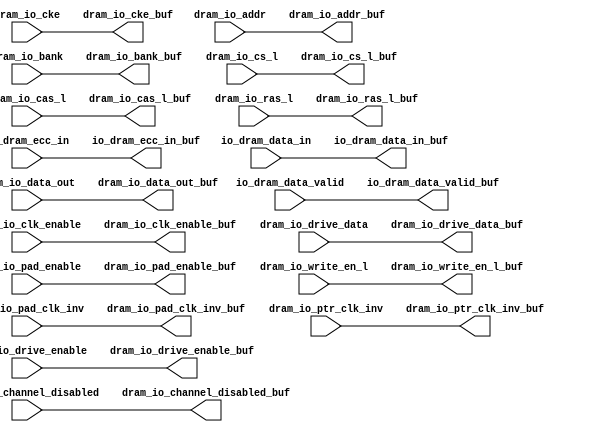
module dram0_ddr0_rptr( /*AUTOARG*/
   // Outputs
   io_dram_data_valid_buf, io_dram_ecc_in_buf, io_dram_data_in_buf, 
   dram_io_cas_l_buf, dram_io_channel_disabled_buf, dram_io_cke_buf, 
   dram_io_clk_enable_buf, dram_io_drive_data_buf, 
   dram_io_drive_enable_buf, dram_io_pad_clk_inv_buf, 
   dram_io_pad_enable_buf, dram_io_ras_l_buf, dram_io_write_en_l_buf, 
   dram_io_addr_buf, dram_io_bank_buf, dram_io_cs_l_buf, 
   dram_io_data_out_buf, dram_io_ptr_clk_inv_buf, 
   // Inputs
   io_dram_data_valid, io_dram_ecc_in, io_dram_data_in, 
   dram_io_cas_l, dram_io_channel_disabled, dram_io_cke, 
   dram_io_clk_enable, dram_io_drive_data, dram_io_drive_enable, 
   dram_io_pad_clk_inv, dram_io_pad_enable, dram_io_ras_l, 
   dram_io_write_en_l, dram_io_addr, dram_io_bank, dram_io_cs_l, 
   dram_io_data_out, dram_io_ptr_clk_inv
   );

/*OUTPUTS*/
output 		io_dram_data_valid_buf;
output [31:0]	io_dram_ecc_in_buf;
output [255:0]	io_dram_data_in_buf;

output		dram_io_cas_l_buf;
output		dram_io_channel_disabled_buf;
output		dram_io_cke_buf;
output		dram_io_clk_enable_buf;
output		dram_io_drive_data_buf;
output		dram_io_drive_enable_buf;
output		dram_io_pad_clk_inv_buf;
output		dram_io_pad_enable_buf;
output		dram_io_ras_l_buf;
output		dram_io_write_en_l_buf;
output [14:0]	dram_io_addr_buf;
output [2:0]	dram_io_bank_buf;
output [3:0]	dram_io_cs_l_buf;
output [287:0]	dram_io_data_out_buf;
output [4:0]	dram_io_ptr_clk_inv_buf;

/*INPUTS*/
input 		io_dram_data_valid;
input [31:0]	io_dram_ecc_in;
input [255:0]	io_dram_data_in;

input          dram_io_cas_l;
input          dram_io_channel_disabled;
input          dram_io_cke;
input          dram_io_clk_enable;
input          dram_io_drive_data;   
input          dram_io_drive_enable;   
input          dram_io_pad_clk_inv;     
input          dram_io_pad_enable;    
input          dram_io_ras_l;
input          dram_io_write_en_l;
input [14:0]   dram_io_addr;
input [2:0]    dram_io_bank;
input [3:0]    dram_io_cs_l;
input [287:0]  dram_io_data_out;
input [4:0]    dram_io_ptr_clk_inv;


/************************* CODE *********************************/

assign io_dram_data_in_buf                   = io_dram_data_in[255:0]; 
assign io_dram_data_valid_buf                = io_dram_data_valid;   
assign io_dram_ecc_in_buf                    = io_dram_ecc_in[31:0]; 

assign dram_io_addr_buf                      = dram_io_addr[14:0];   
assign dram_io_bank_buf                      = dram_io_bank[2:0];    
assign dram_io_cas_l_buf                     = dram_io_cas_l;       
assign dram_io_channel_disabled_buf          = dram_io_channel_disabled; 
assign dram_io_cke_buf                       = dram_io_cke;          
assign dram_io_clk_enable_buf                = dram_io_clk_enable;   
assign dram_io_cs_l_buf                      = dram_io_cs_l[3:0];    
assign dram_io_data_out_buf                  = dram_io_data_out[287:0]; 
assign dram_io_drive_data_buf                = dram_io_drive_data;   
assign dram_io_drive_enable_buf              = dram_io_drive_enable; 
assign dram_io_pad_clk_inv_buf               = dram_io_pad_clk_inv;  
assign dram_io_pad_enable_buf                = dram_io_pad_enable;   
assign dram_io_ptr_clk_inv_buf               = dram_io_ptr_clk_inv[4:0]; 
assign dram_io_ras_l_buf                     = dram_io_ras_l;        
assign dram_io_write_en_l_buf                = dram_io_write_en_l;   

endmodule